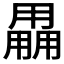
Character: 𤰌